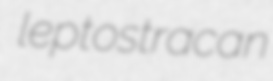
leptostracan